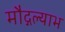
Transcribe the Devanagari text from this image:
मौद्गल्याभ